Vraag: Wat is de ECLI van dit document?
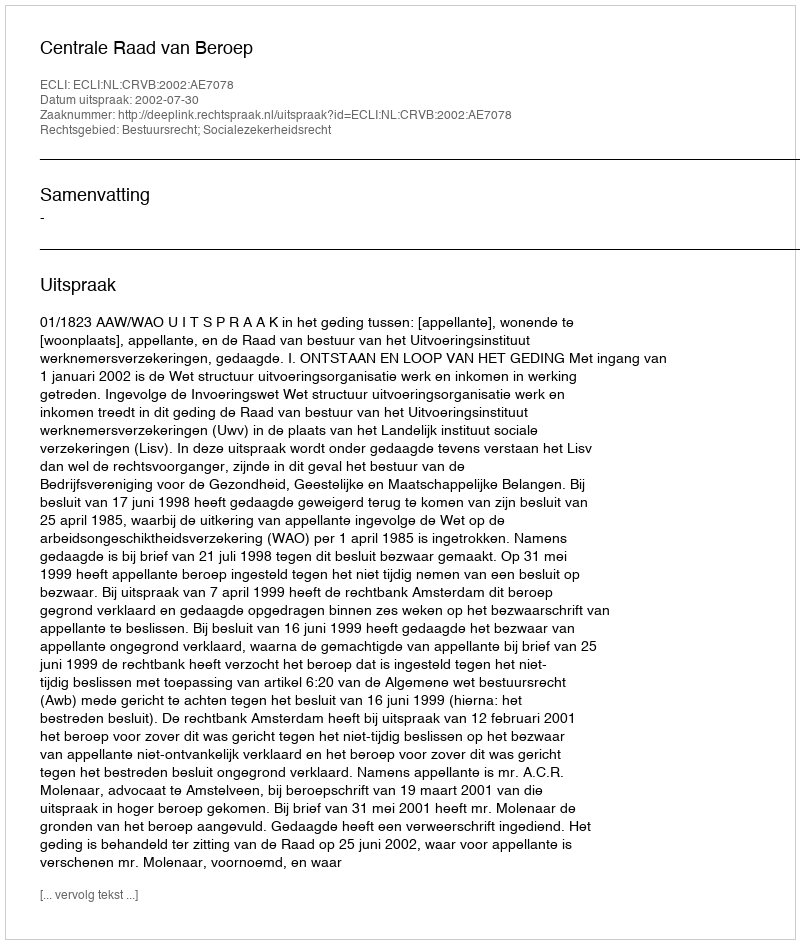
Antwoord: ECLI:NL:CRVB:2002:AE7078